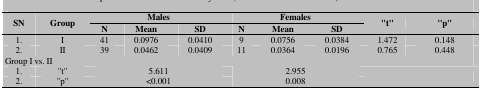
| <ROWSPAN=2> SN | <ROWSPAN=2> Group | <COLSPAN=3> Males | <COLSPAN=3> Females | <ROWSPAN=2> "t" | <ROWSPAN=2> "p" |
 | N | Mean | SD | N | Mean | SD |
 | --- | --- | --- | --- | --- | --- | --- | --- | --- | --- |
 | 1. | I | 41 | 0.0976 | 0.0410 | 9 | 0.0756 | 0.0384 | 1.472 | 0.148 |
 | 2. | II | 39 | 0.0462 | 0.0409 | 11 | 0.0364 | 0.0196 | 0.765 | 0.448 |
 | <COLSPAN=10> Group I vs. II |
 | 1. | "t" | <COLSPAN=3> 5.611 | <COLSPAN=3> 2.955 | <ROWSPAN=2-COLSPAN=2>  |
 | 2. | "p" | <COLSPAN=3> <0.001 | <COLSPAN=3> 0.008 |